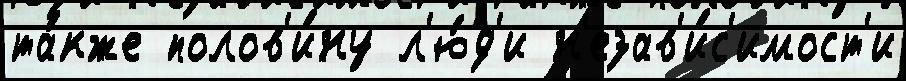
та́кже полов'и́ну л'ю́д'и н'езав'и́с'имост'и